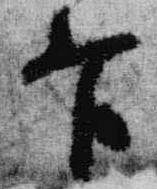
官